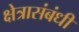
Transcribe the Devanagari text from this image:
क्षेत्रासंबंधीं